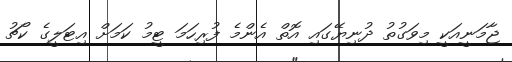
ޖާމަނީއަކީ މިވަގުތު ދުނިޔޭގައި އޮތް އެންމެ ފުރިހަމަ ޓީމު ކަމަށް އިޓަލީގެ ކޯޗު